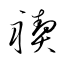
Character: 禊